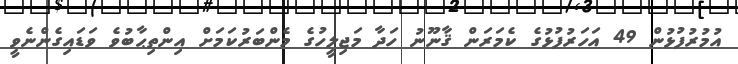
އުމުރުފުޅުން 49 އަހަރުފުޅުގެ ކެމަރަން ޤާނޫނު ހަދާ މަޖިލީހުގެ މެންބަރުކަމަށް އިންތިޙާބުވެ ވަޑައިގެންނެވީ